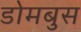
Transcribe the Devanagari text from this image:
डोमबुस